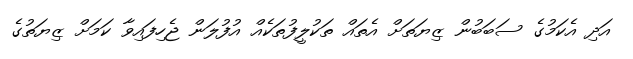
އަދި އެކަމުގެ ސަބަބުން ޒިޔަތަށް އެތައް ތަކުލީފުތަކެއް އުފުލަން ޖެހިފައިވާ ކަމަށް ޒިޔަތުގެ